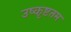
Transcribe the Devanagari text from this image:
उष्कृष्टतम